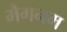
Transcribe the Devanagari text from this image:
मैगनम